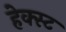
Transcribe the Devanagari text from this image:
हेक्स्ट